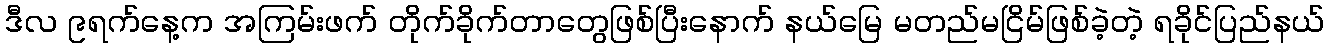
ဒီလ ၉ရက်နေ့က အကြမ်းဖက် တိုက်ခိုက်တာတွေဖြစ်ပြီးနောက် နယ်မြေ မတည်မငြိမ်ဖြစ်ခဲ့တဲ့ ရခိုင်ပြည်နယ်